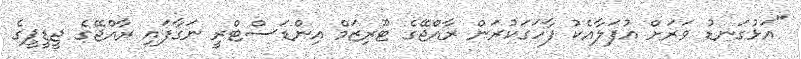
"އަޅުގަނޑު ވަރަށް އުފަލާއެކު ފާހަގަކުރަން ރާއްޖޭގެ ޓޫރިޒަމް އިންޑަސްޓްރީ ނަގާފައި ރާއްޖޭގެ ޖީޑީޕީގެ